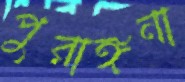
পুরাঙ্গনা